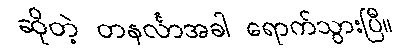
ဆိုတဲ့ တနင်္လာအခါ ရောက်သွားပြီ။